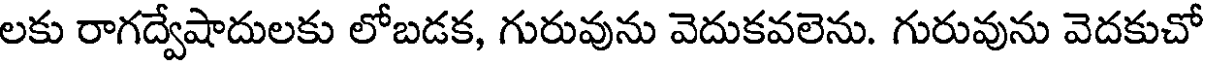
లకు రాగద్వేషాదులకు లోబడక, గురువును వెదుకవలెను. గురువును వెదకుచో